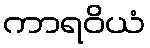
ကာရဝိယံ